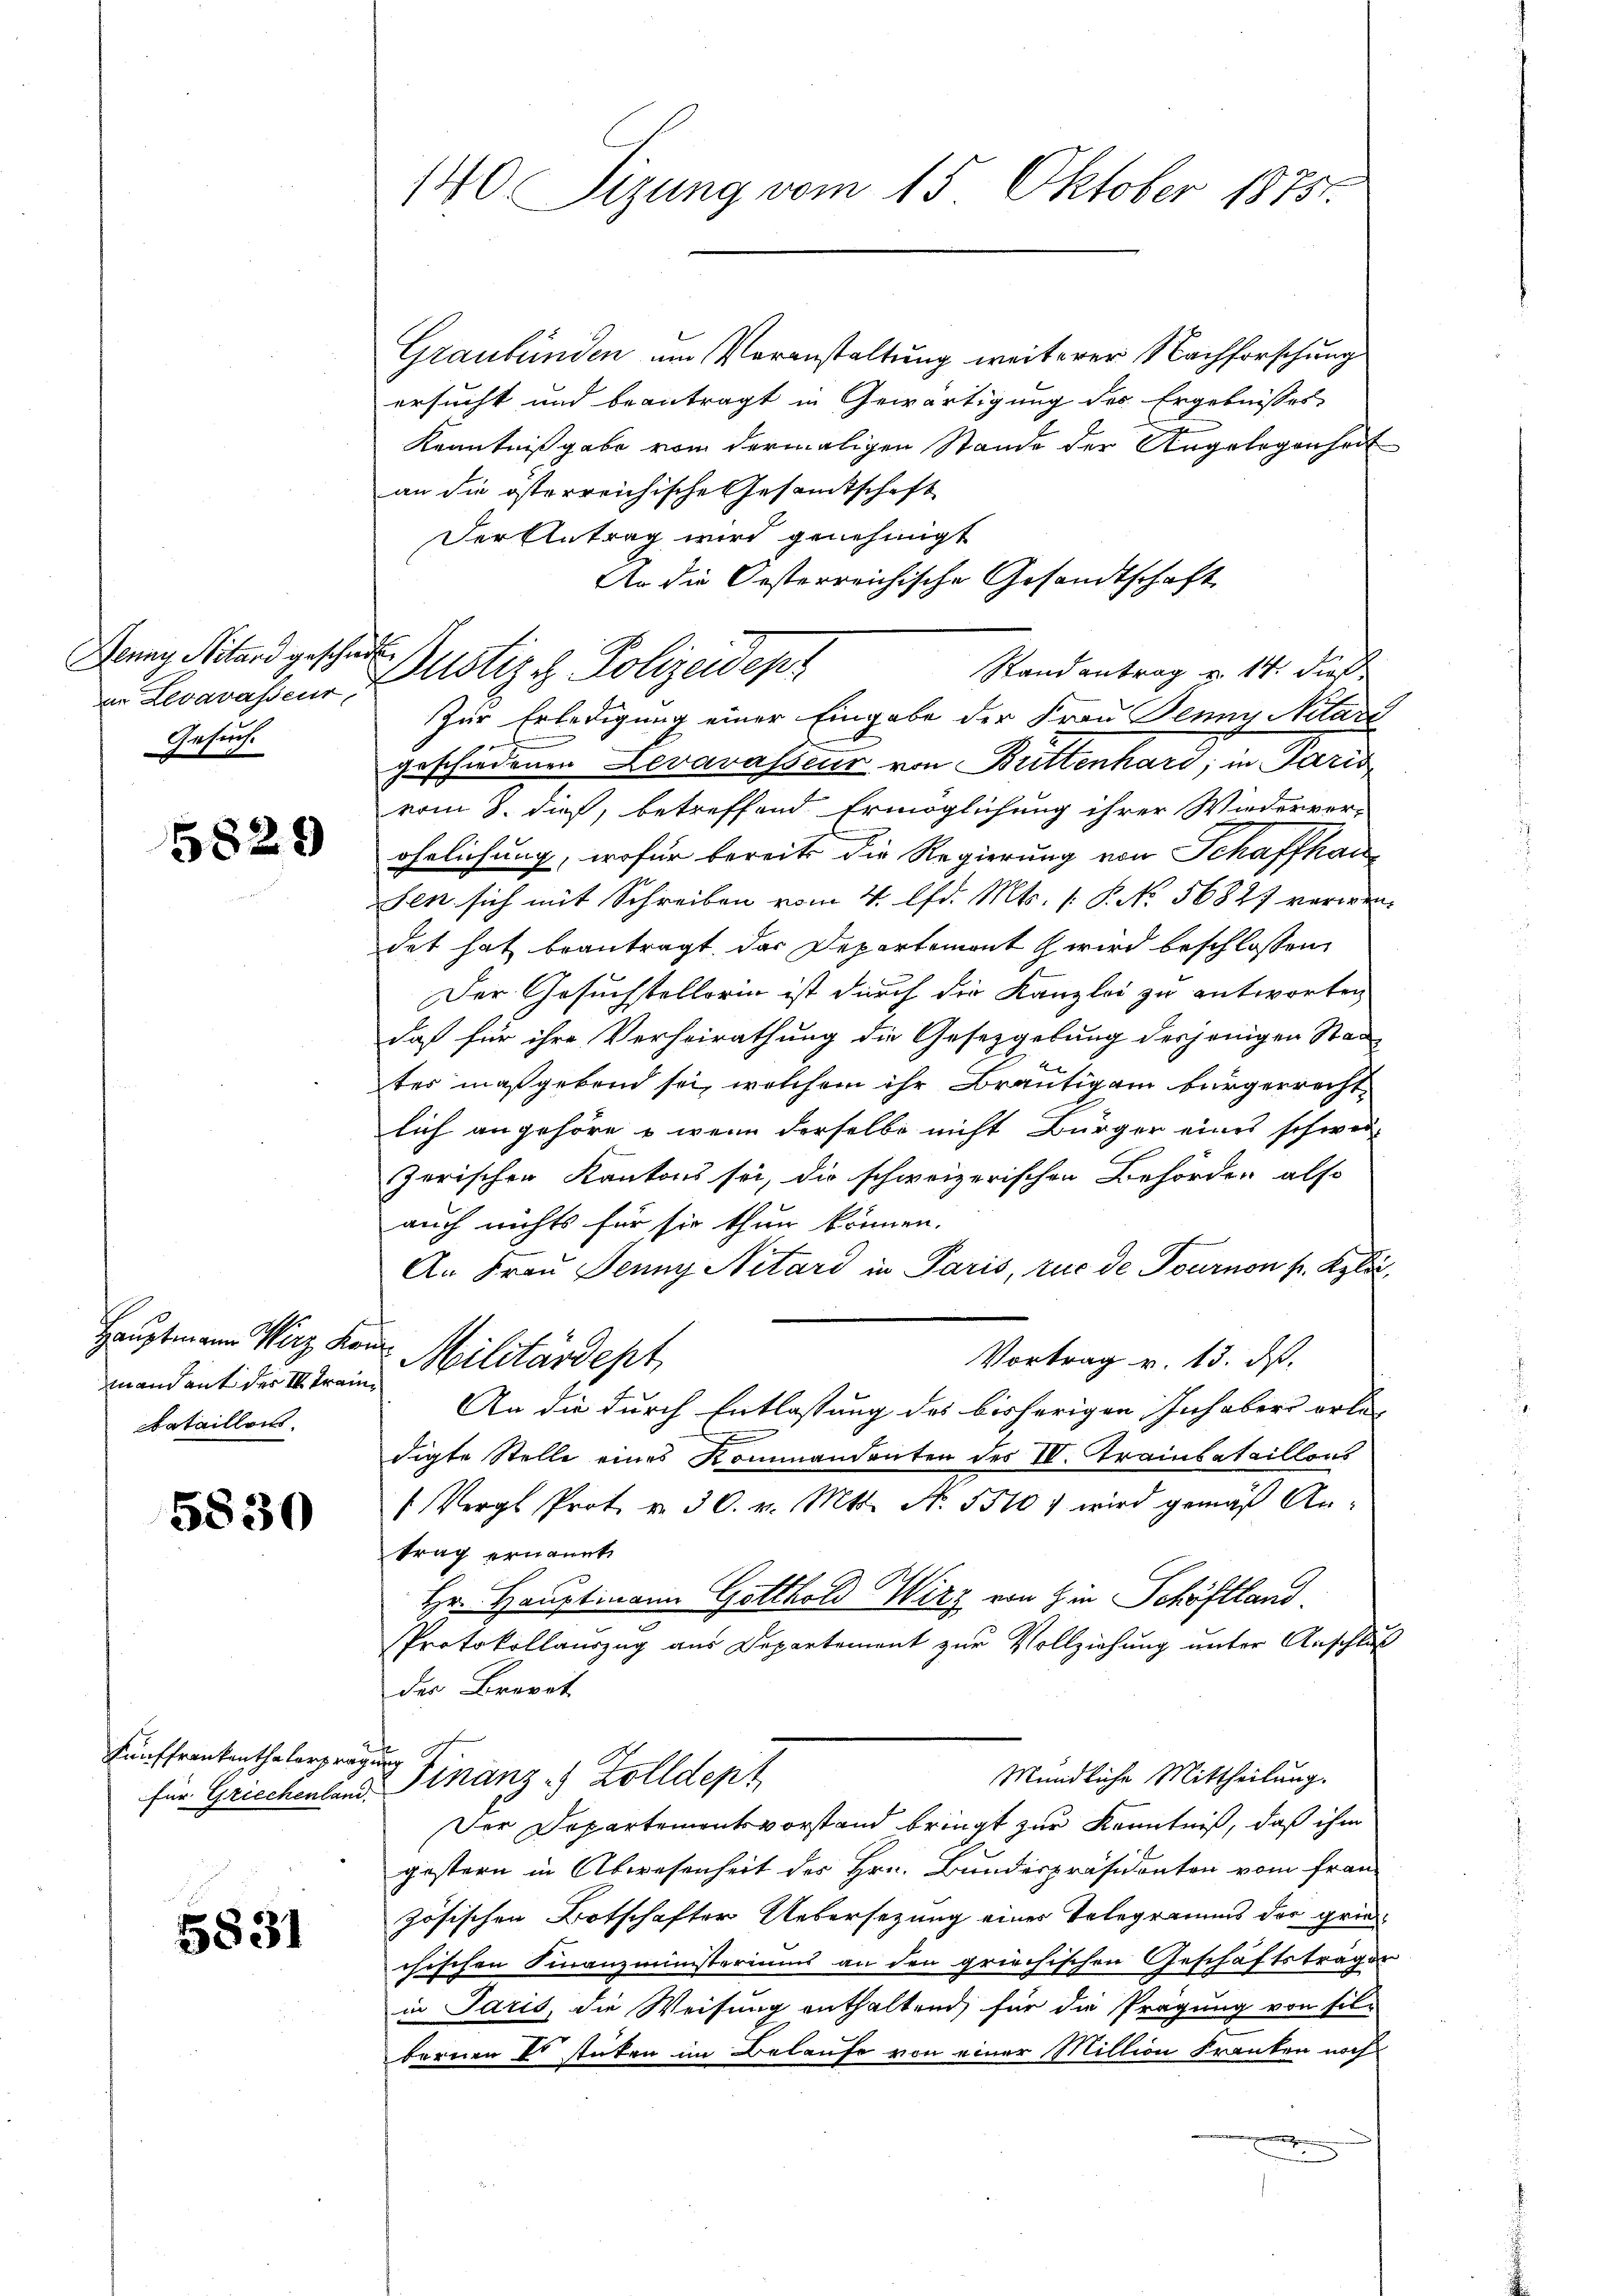
Jenny Nilard geschiede
Gesuch.

5829

mandant des II. Tran
Bataillen

5830

Fünffrankenthalerprägung

5831

140 Sizung vom 15. Oktober 18752.

Graubünden um Voranstaltung weiterer Nachforschung
ersucht und beantragt in Gewärtigung des Ergebnisses
Kenntniß gabe von dermaligen Stande der Angelegenheit
an die österreichische Gesandtschaft
Der Antrag wird genehmigt
An die Oesterreichische Gesandtschaft
Stand antrag u. 14. dieß
Zur Erledigung einer Eingabe der Frau Jenny Nilari
geschiedenen Levarasseur von Buttenhard, in Paris
vom 8. dieß, betreffend Ermöglichung ihrer Wiederver-
ährlichung, wofür bereits die Regierung von Schaffhau¬
Sen sich mit Schreiben vom 4. lfd. Mts. 1. P. No. 56827 verwendet hat beantragt, das Departemont wird beschlossen,
Der Gesuchstellerin ist durch die Kanzlei zu antworten
daß für ihre Verheirathung die Gesetzgebung desjenigen Stad
tes maßgebend sei, welchem ihr Bräutigam bürgerrecht
lich angehöre & wenn derselbe nicht Bürger eines schwei-
zerischen Kantons sei, die schweizerischen Behörden also
auch nichts für sie thun können.
An Frau Jenny Nitard in Paris, rue de Tournon pr. Kgli¬
Hauptmann Wirz von Militärdept
Vortrag v. 13. ds.
An die durch Entlassung des bisherigen Inhaber erle-
d
digte Stelle eines Kommandenten des IV. Trainbataillons
 Vergl. Prot. v. 30. v. Mts. No. 55101 wird gemäß Antrag ernannt
Hr. Hauptmann Gotthold Wirz von in Schöftland
Protokollauszug aus Departement zur Vollziehung unter Anschluß
der Brevet
Mündliche Mittheilung.
für Griechenland. Finanz - Zolldept
Der Departementsvorstand bringt zur Kenntniß, daß ihm
gestern in Abwesenheit des Hrn. Bundespräsidenten vom fran-
zösischen Botschafter Uebersezung eines Telegramms der griechischen Finanzministeriums an den griechischen Geschäftsträgen
in Paris, die Weisung enthaltend, für die Prägung von sil-
bernen Er stuten im Belaufe von einer Million Franken noch

. Leoawassen Zustiz & Polizeidep